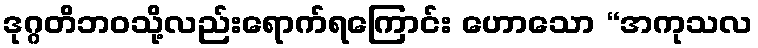
ဒုဂ္ဂတိဘဝသို့လည်းရောက်ရကြောင်း ဟောသော “အကုသလ